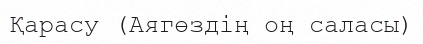
Қарасу (Аягөздің оң саласы)